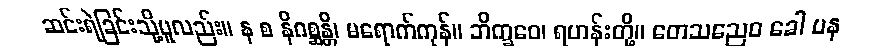
ဆင်းရဲခြင်းသို့မူလည်း။ န စ နိဂစ္ဆန္တိ၊ မရောက်ကုန်။ ဘိက္ခဝေ၊ ရဟန်းတို့။ တေသညေဝ ခေါ ပန